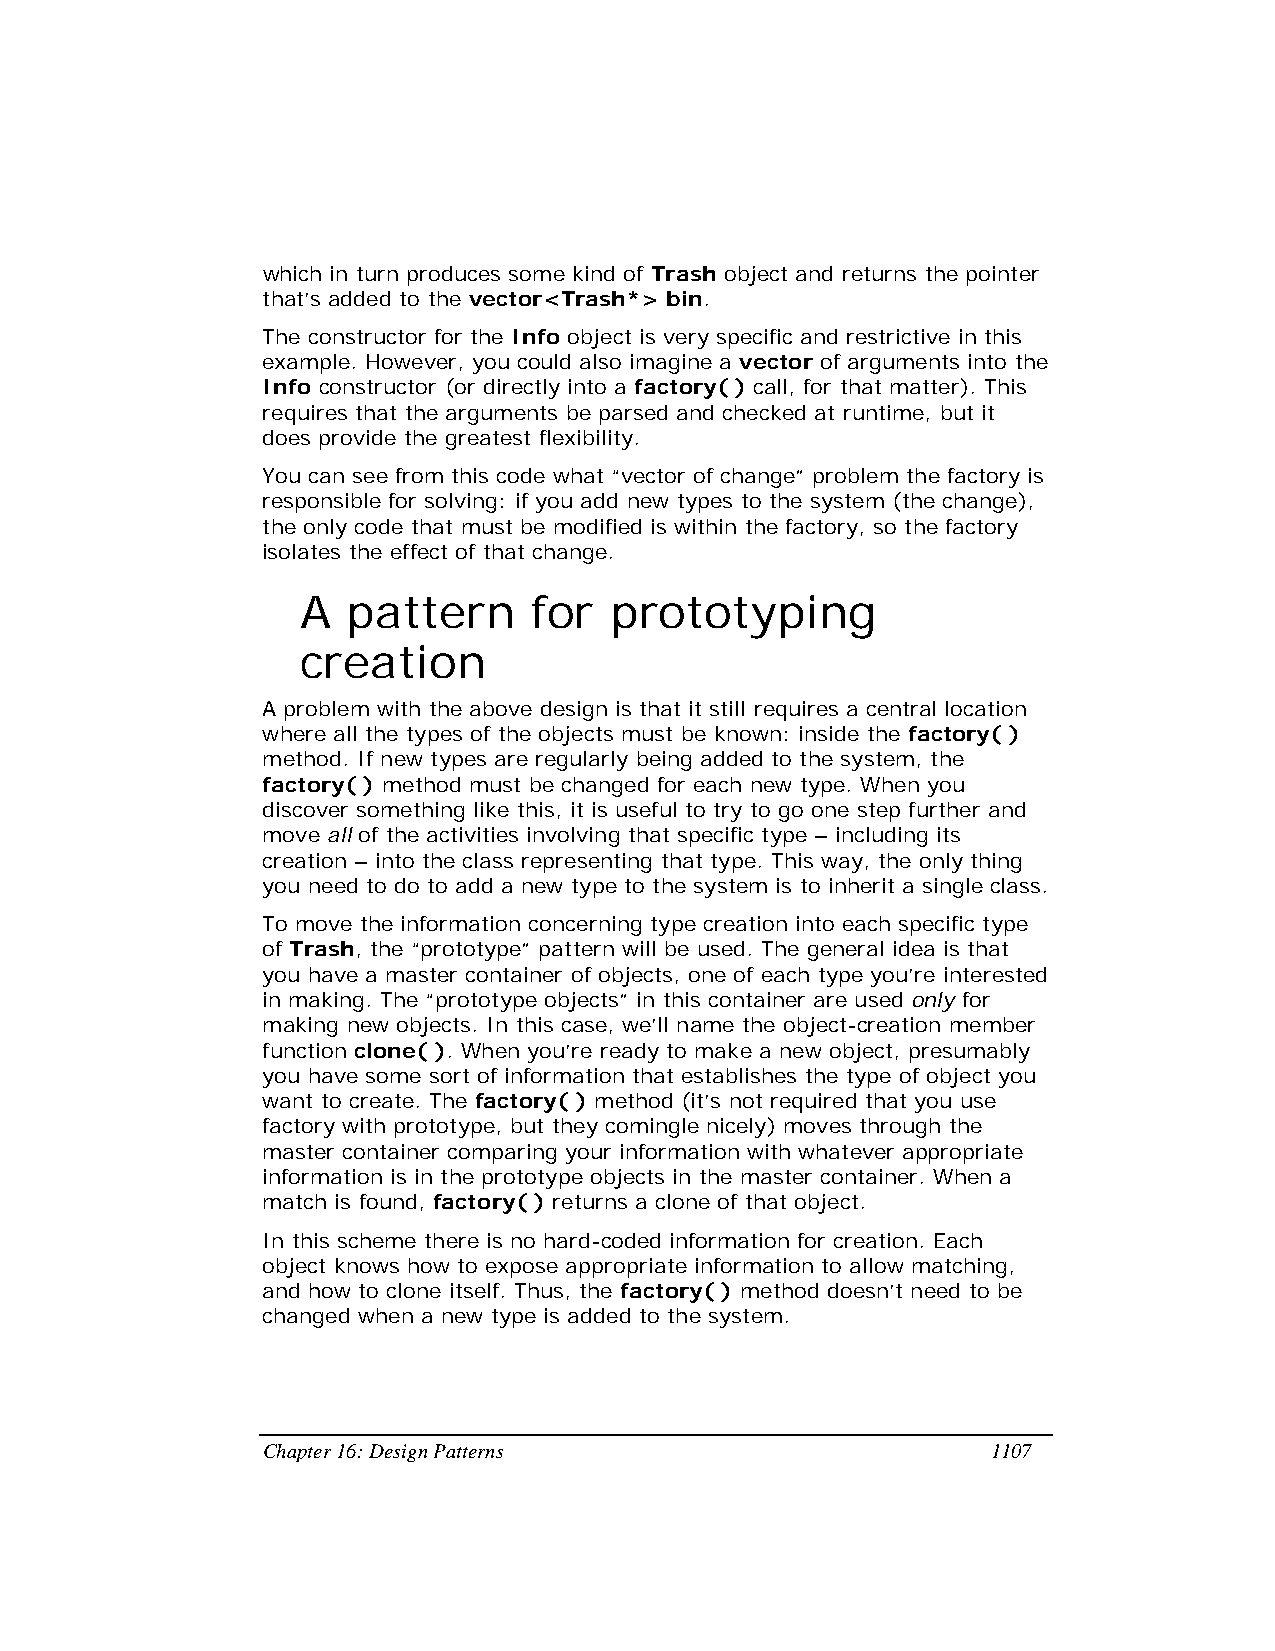
which in turn produces some kind of Trash object and returns the pointer
 that’s added to the vector<Trash*> bin.
 The constructor for the Info object is very specific and restrictive in this
 example. However, you could also imagine a vector of arguments into the
 Info constructor (or directly into a factory( ) call, for that matter). This
 requires that the arguments be parsed and checked at runtime, but it
 does provide the greatest flexibility.
 You can see from this code what “vector of change” problem the factory is
 responsible for solving: if you add new types to the system (the change),
 the only code that must be modified is within the factory, so the factory
 isolates the effect of that change.
 A  pattern     for  prototyping
 creation
 A problem with the above design is that it still requires a central location
 where all the types of the objects must be known: inside the factory( )
 method. If new types are regularly being added to the system, the
 factory( ) method must be changed for each new type. When you
 discover something like this, it is useful to try to go one step further and
 move all of the activities involving that specific type – including its
 creation – into the class representing that type. This way, the only thing
 you need to do to add a new type to the system is to inherit a single class.
 To move the information concerning type creation into each specific type
 of Trash, the “prototype” pattern will be used. The general idea is that
 you have a master container of objects, one of each type you’re interested
 in making. The “prototype objects” in this container are used only for
 making new objects. In this case, we’ll name the object-creation member
 function clone( ). When you’re ready to make a new object, presumably
 you have some sort of information that establishes the type of object you
 want to create. The factory( ) method (it’s not required that you use
 factory with prototype, but they comingle nicely) moves through the
 master container comparing your information with whatever appropriate
 information is in the prototype objects in the master container. When a
 match is found, factory( ) returns a clone of that object.
 In this scheme there is no hard-coded information for creation. Each
 object knows how to expose appropriate information to allow matching,
 and how to clone itself. Thus, the factory( ) method doesn’t need to be
 changed when a new type is added to the system.
 Chapter 16: Design Patterns                      1107